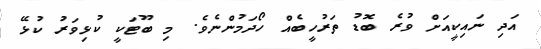
އަދި ނައިކީއަށް ވުރެ ބޮޑު ތަރުހީބެއް ހޯދަމުންނެވެ. މި ބޫޓަކީ ކުޅިވަރު ކުޅޭ